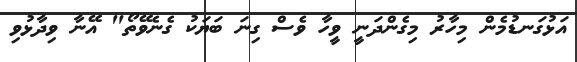
އަޅުގަނޑުމެން މިހާރު މިގެންދަނީ ވީހާ ވެސް ގިނަ ބަޔަކު ގެނެވޭތޯ" އޭނާ ވިދާޅުވި